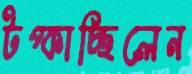
টপ্‌কাচ্ছিলেন